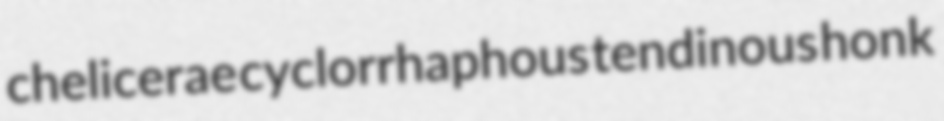
chelicerae cyclorrhaphous tendinous honk